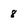
Character: 8